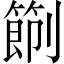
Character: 𠠑